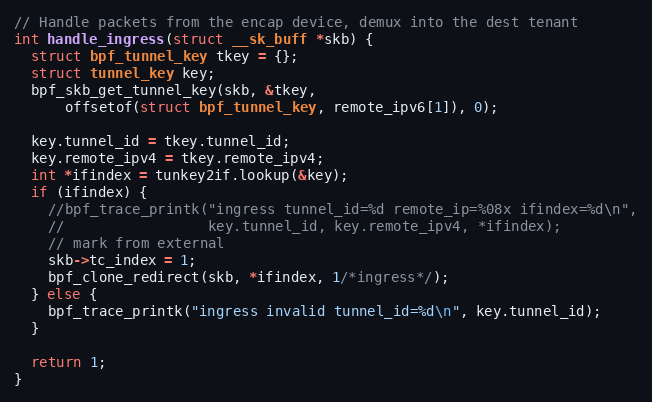
Language: C
// Handle packets from the encap device, demux into the dest tenant
int handle_ingress(struct __sk_buff *skb) {
  struct bpf_tunnel_key tkey = {};
  struct tunnel_key key;
  bpf_skb_get_tunnel_key(skb, &tkey,
      offsetof(struct bpf_tunnel_key, remote_ipv6[1]), 0);

  key.tunnel_id = tkey.tunnel_id;
  key.remote_ipv4 = tkey.remote_ipv4;
  int *ifindex = tunkey2if.lookup(&key);
  if (ifindex) {
    //bpf_trace_printk("ingress tunnel_id=%d remote_ip=%08x ifindex=%d\n",
    //                 key.tunnel_id, key.remote_ipv4, *ifindex);
    // mark from external
    skb->tc_index = 1;
    bpf_clone_redirect(skb, *ifindex, 1/*ingress*/);
  } else {
    bpf_trace_printk("ingress invalid tunnel_id=%d\n", key.tunnel_id);
  }

  return 1;
}